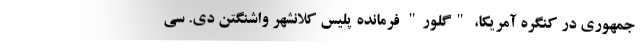
جمهوری در کنگره آمریکا، "گلور" فرمانده پلیس کلانشهر واشنگتن دی. سی